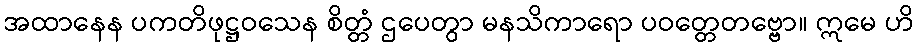
အထာနေန ပကတိဖုဋ္ဌဝသေန စိတ္တံ ဌပေတွာ မနသိကာရော ပဝတ္တေတဗ္ဗော။ ဣမေ ဟိ